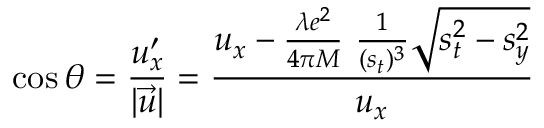
\cos \theta = \frac { u _ { x } ^ { \prime } } { | \vec { u } | } = \frac { u _ { x } - \frac { \lambda e ^ { 2 } } { 4 \pi M } \ \frac { 1 } { ( s _ { t } ) ^ { 3 } } \sqrt { s _ { t } ^ { 2 } - s _ { y } ^ { 2 } } } { u _ { x } }